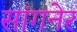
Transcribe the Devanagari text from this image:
सांगनेर